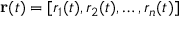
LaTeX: \mathbf { r } ( t ) = [ r _ { 1 } ( t ) , r _ { 2 } ( t ) , \ldots , r _ { n } ( t ) ]